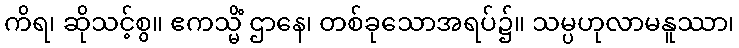
ကိရ၊ ဆိုသင့်စွ။ ဧကသ္မိံ ဌာနေ၊ တစ်ခုသောအရပ်၌။ သမ္ပဟုလာမနူဿာ၊